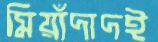
মিয়াঁদাদই